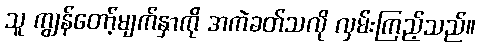
သူ ကျွန်တော့်မျက်နှာကို အကဲခတ်သလို လှမ်းကြည့်သည်။